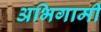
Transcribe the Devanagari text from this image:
अभिगामी